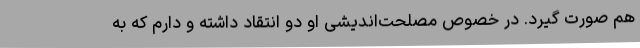
هم صورت گیرد. در خصوص مصلحت‌اندیشی او دو انتقاد داشته و دارم که به